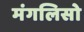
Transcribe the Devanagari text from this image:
मंगलिसो